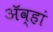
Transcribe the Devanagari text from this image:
ॲव्हां